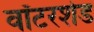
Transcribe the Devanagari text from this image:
वॉटरशेड